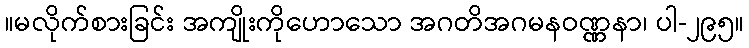
။မလိုက်စားခြင်း အကျိုးကိုဟောသော အဂတိအဂမနဝဏ္ဏနာ၊ ပါ-၂၉၅။